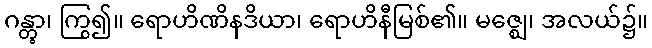
ဂန္တွာ၊ ကြွ၍။ ရောဟိဏိနဒိယာ၊ ရောဟိနီမြစ်၏။ မဇ္ဈေ၊ အလယ်၌။